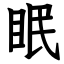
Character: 眠